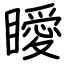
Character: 瞹